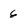
Character: 6